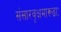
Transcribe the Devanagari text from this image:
संसारवृक्षमारूढाः